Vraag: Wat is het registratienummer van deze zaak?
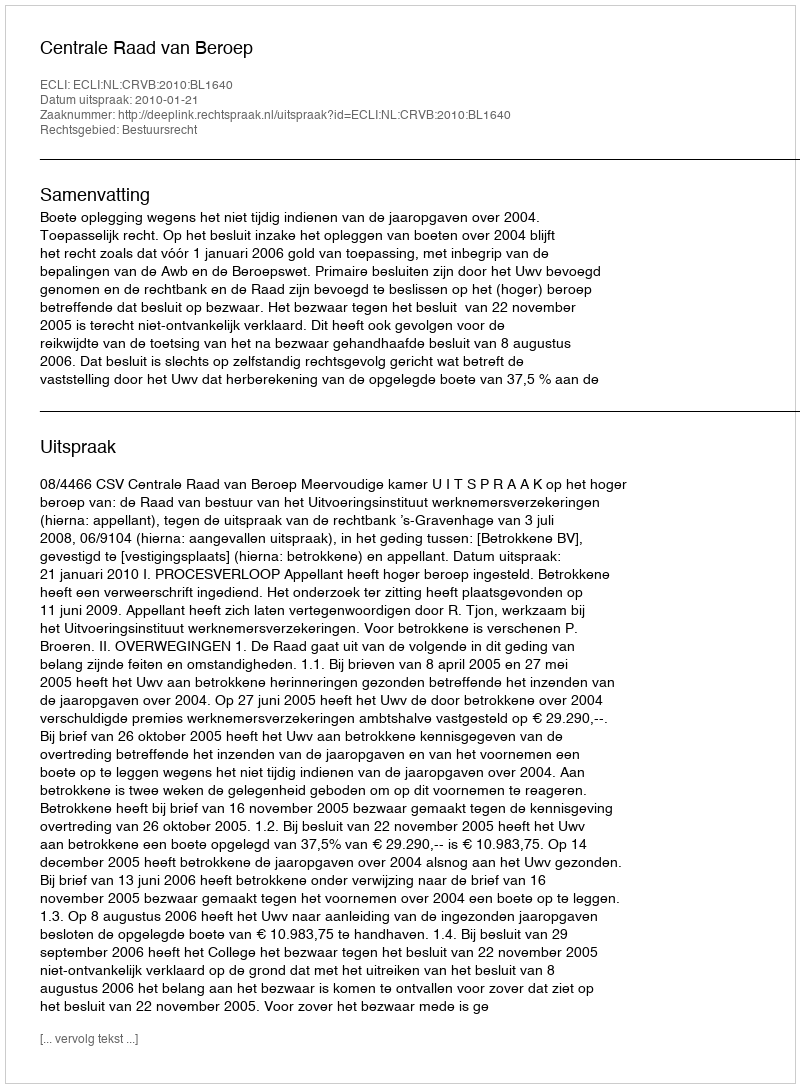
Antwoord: http://deeplink.rechtspraak.nl/uitspraak?id=ECLI:NL:CRVB:2010:BL1640